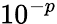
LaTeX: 10^{-p}